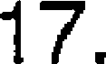
17.